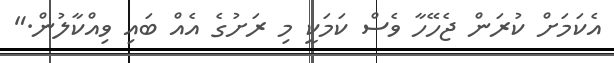
އެކަމަށް ކުރަން ޖެހޭހާ ވެސް ކަމަކީ މި ރަށުގެ އެއް ބައި ވިއްކާލުން."